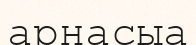
арнасыа